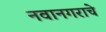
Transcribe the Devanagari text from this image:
नवानगराचे